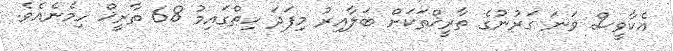
އެކާވީސް ވަނަ ގަރުނުގެ ތާރީޚްތަކަށް ބަލާއިރު މިފަދަ ހިތްގައިމު 68 ތާރީޚް ހިމެނެއެވެ.